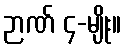
ဉာဏ် ၄-မျိုး။